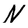
Character: N